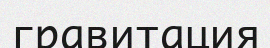
гравитация